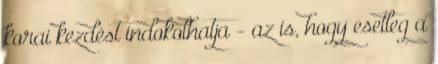
korai kezdést indokolhatja - az is, hogy esetleg a